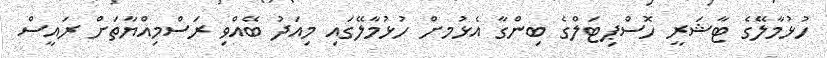
ހުޅުމާލޭގެ ޓާޝަރީ ހޮސްޕިޓަލްގެ ބިންގާ އެޅުމށް ހުޅުމާލޭގައި މިއަދު ބޭއްވި ރަސްމިއްޔާތަށް ރައީސް